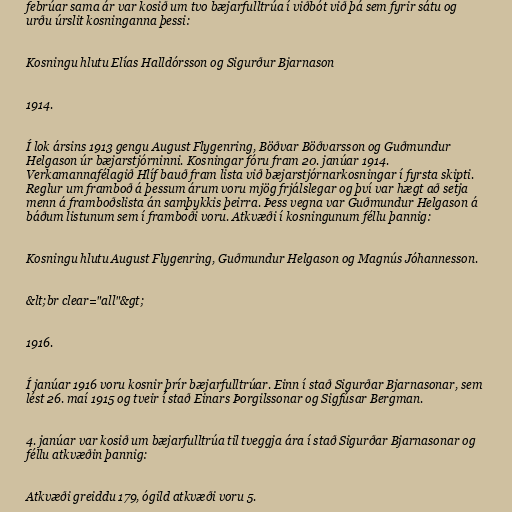
febrúar sama ár var kosið um tvo bæjarfulltrúa í viðbót við þá sem fyrir sátu og
urðu úrslit kosninganna þessi:

Kosningu hlutu Elías Halldórsson og Sigurður Bjarnason

1914.

Í lok ársins 1913 gengu August Flygenring, Böðvar Böðvarsson og Guðmundur
Helgason úr bæjarstjórninni. Kosningar fóru fram 20. janúar 1914.
Verkamannafélagið Hlíf bauð fram lista við bæjarstjórnarkosningar í fyrsta skipti.
Reglur um framboð á þessum árum voru mjög frjálslegar og því var hægt að setja
menn á framboðslista án samþykkis þeirra. Þess vegna var Guðmundur Helgason á
báðum listunum sem í framboði voru. Atkvæði í kosningunum féllu þannig:

Kosningu hlutu August Flygenring, Guðmundur Helgason og Magnús Jóhannesson.

&lt;br clear="all"&gt;

1916.

Í janúar 1916 voru kosnir þrír bæjarfulltrúar. Einn í stað Sigurðar Bjarnasonar, sem
lést 26. maí 1915 og tveir í stað Einars Þorgilssonar og Sigfúsar Bergman.

4. janúar var kosið um bæjarfulltrúa til tveggja ára í stað Sigurðar Bjarnasonar og
féllu atkvæðin þannig:

Atkvæði greiddu 179, ógild atkvæði voru 5.